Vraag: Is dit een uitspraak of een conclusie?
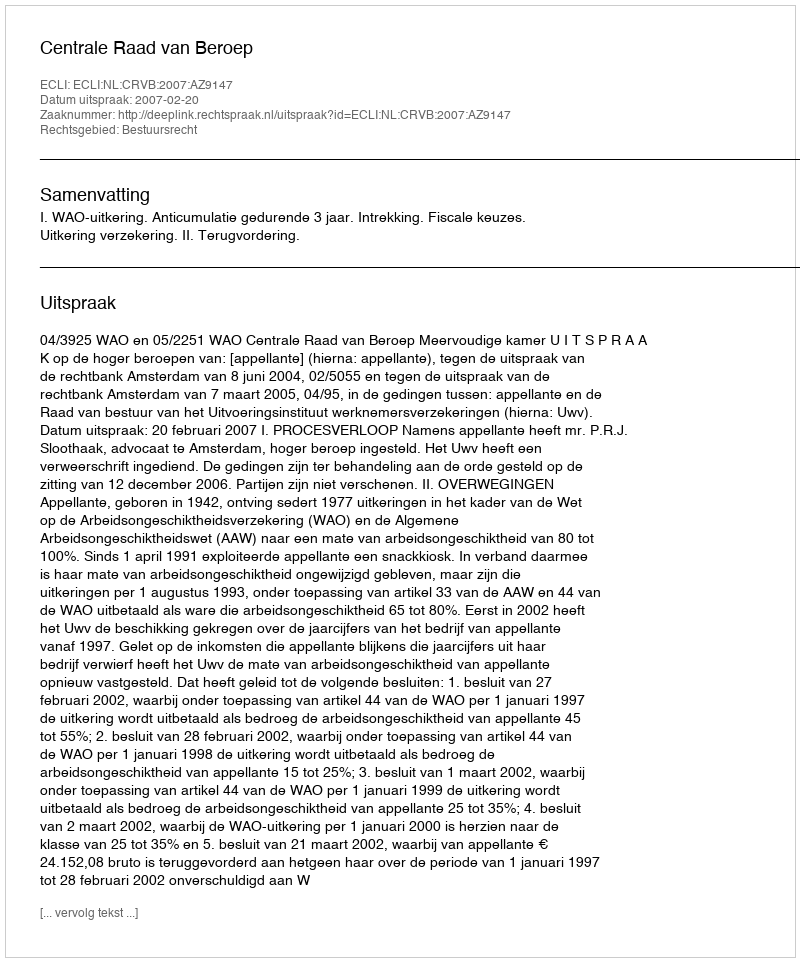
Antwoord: Uitspraak